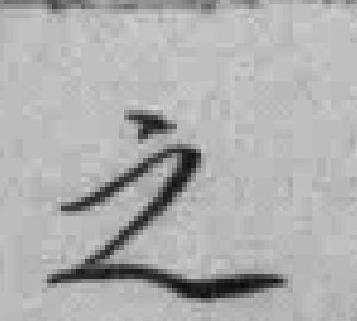
之